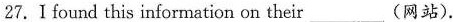
27.I found this information on their___(网站).